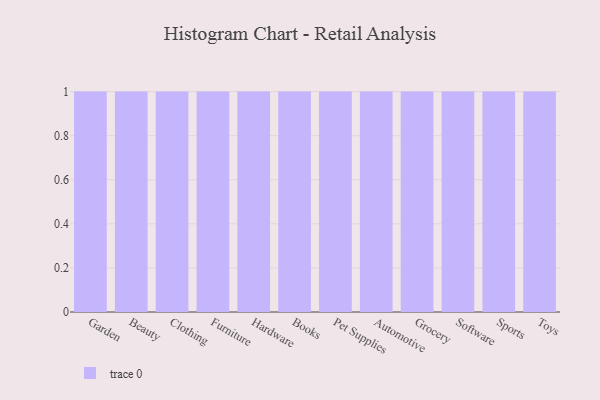
{"axis": {"x": "Category", "y": "Population (Million)"}, "legend": [""], "data": [{"x": "Garden", "y": 89, "type": ""}, {"x": "Beauty", "y": 98, "type": ""}, {"x": "Clothing", "y": 2, "type": ""}, {"x": "Furniture", "y": 88, "type": ""}, {"x": "Hardware", "y": 64, "type": ""}, {"x": "Books", "y": 5, "type": ""}, {"x": "Pet Supplies", "y": 80, "type": ""}, {"x": "Automotive", "y": 96, "type": ""}, {"x": "Grocery", "y": 49, "type": ""}, {"x": "Software", "y": 61, "type": ""}, {"x": "Sports", "y": 7, "type": ""}, {"x": "Toys", "y": 15, "type": ""}]}